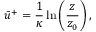
\bar { u } ^ { + } = \frac { 1 } { \kappa } \ln \left( \frac { z } { z _ { 0 } } \right) ,